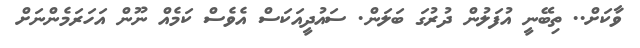
ވާކަށް.. ތިބޭނީ އުފަލުން ދުރުގަ ބަލަން. ސައުދީއަކަސް އެވެސް ކަމެއް ނޫން އަހަރަމެންނަށް